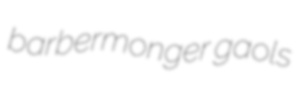
barbermonger gaols